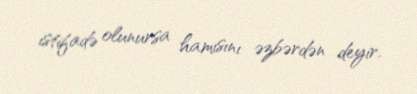
istifadə olunursa hamısını əzbərdən deyir.